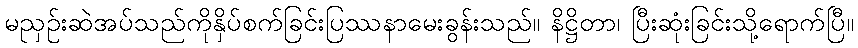
မညှဉ်းဆဲအပ်သည်ကိုနှိပ်စက်ခြင်းပြဿနာမေးခွန်းသည်။ နိဋ္ဌိတာ၊ ပြီးဆုံးခြင်းသို့ရောက်ပြီ။